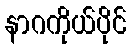
နာဂကိုယ်ပိုင်